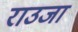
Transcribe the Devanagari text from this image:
राउजा